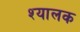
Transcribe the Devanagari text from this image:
श्यालक